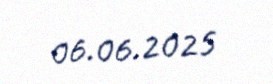
06.06.2025